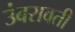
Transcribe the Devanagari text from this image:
उंबरावती